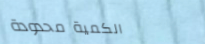
الكمية محدودة